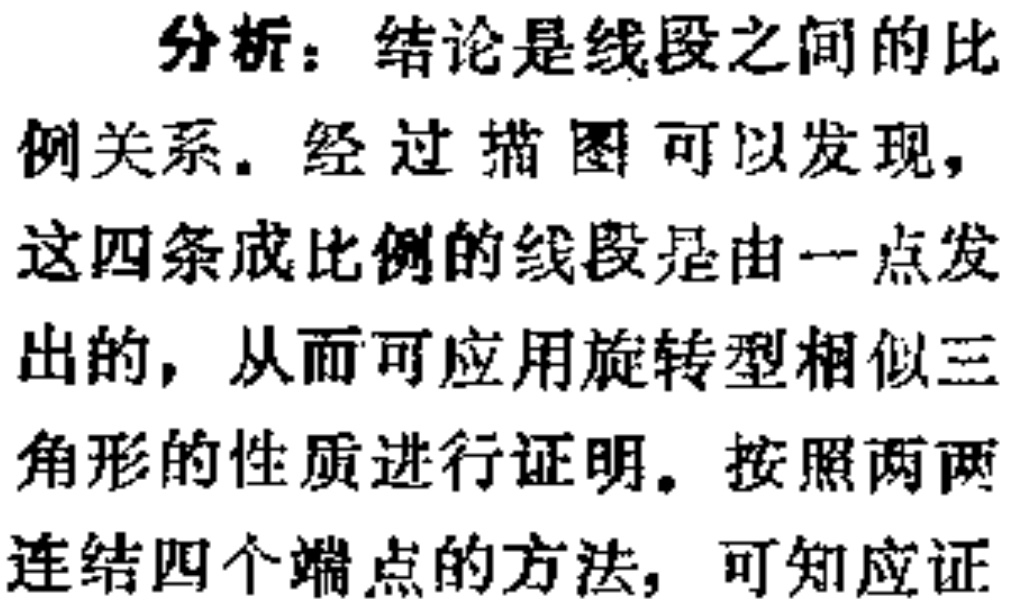
分析：结论是线段之间的比
例关系. 经过描图可以发现，
这四条成比例的线段是由一点发
出的，从而可应用旋转型相似三
角形的性质进行证明. 按照两两
连结四个端点的方法，可知应证